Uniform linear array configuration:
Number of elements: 4
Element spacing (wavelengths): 0.75
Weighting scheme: uniform
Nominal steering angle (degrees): -60
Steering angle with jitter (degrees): -58.166
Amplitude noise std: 0.05
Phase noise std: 0.05

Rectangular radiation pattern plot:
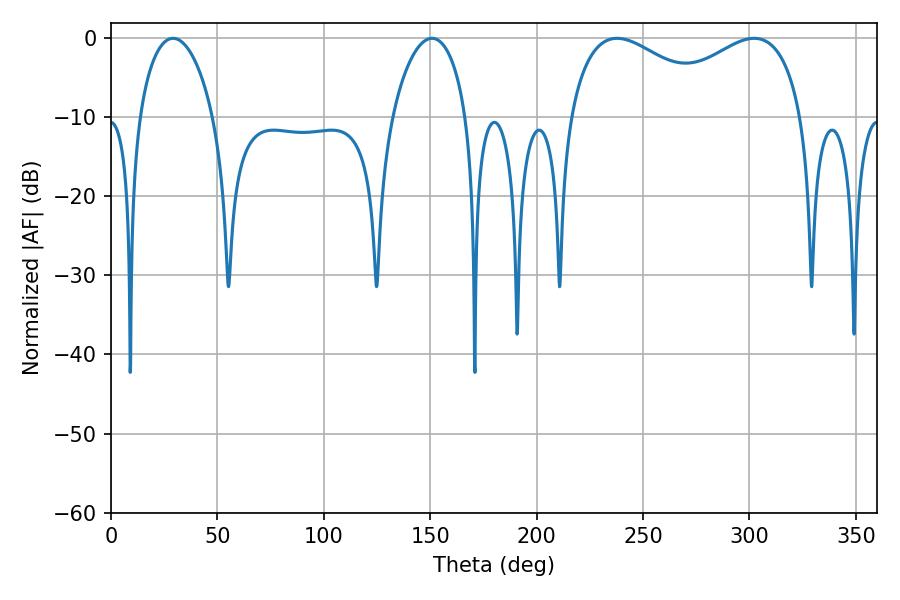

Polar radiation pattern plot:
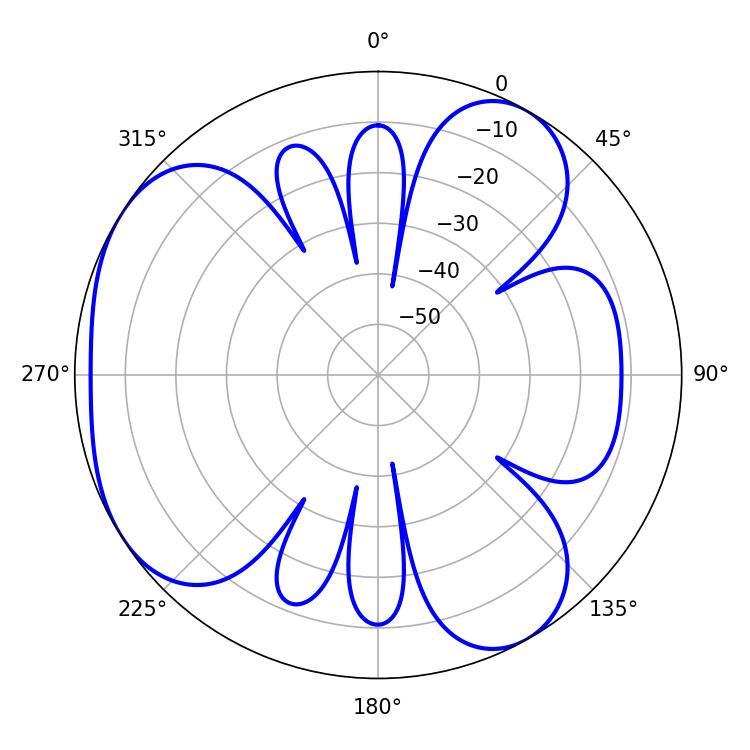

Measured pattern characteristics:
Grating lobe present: TRUE
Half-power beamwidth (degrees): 41.4
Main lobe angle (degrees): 237.78